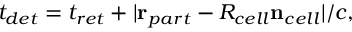
t _ { d e t } = t _ { r e t } + | \mathbf { r } _ { p a r t } - R _ { c e l l } \mathbf { n } _ { c e l l } | / c ,